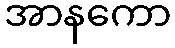
အာနကော